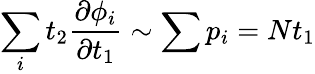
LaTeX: \sum_{i}t_{2}{\frac{\partial{\phi_{i}}}{\partial t_{1}}}\sim\sum{p_{i}}=Nt_{1}